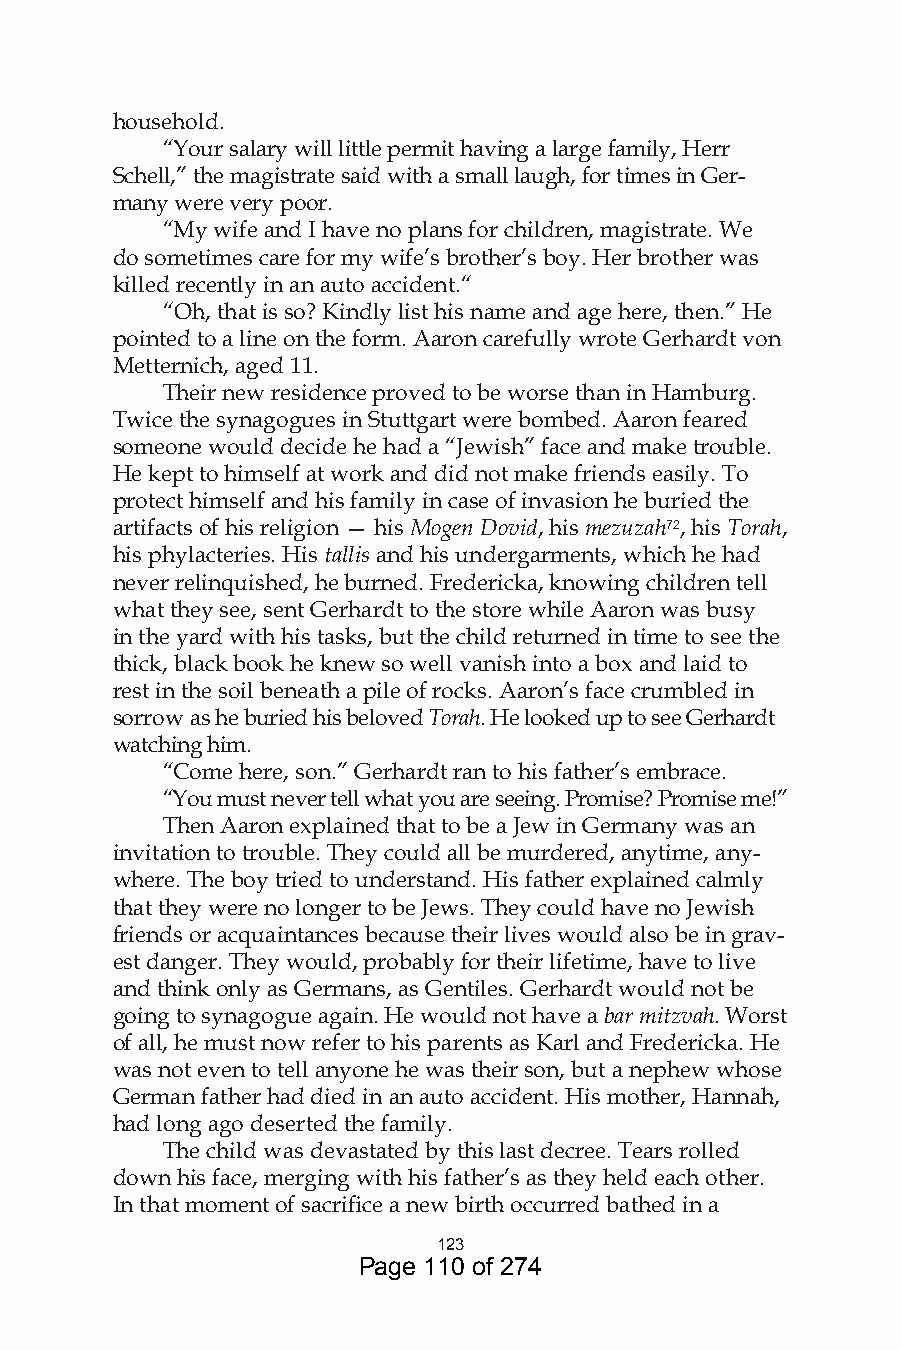
household.
 “Your salary will little permit having a large family, Herr
 Schell,” the magistrate said with a small laugh, for times in Ger-
 many were very poor.
 “My wife and I have no plans for children, magistrate. We
 do sometimes care for my wife’s brother’s boy. Her brother was
 killed recently in an auto accident.“
 “Oh, that is so? Kindly list his name and age here, then.” He
 pointed to a line on the form. Aaron carefully wrote Gerhardt von
 Metternich, aged 11.
 Their new residence proved to be worse than in Hamburg.
 Twice the synagogues in Stuttgart were bombed. Aaron feared
 someone would decide he had a “Jewish” face and make trouble.
 He kept to himself at work and did not make friends easily. To
 protect himself and his family in case of invasion he buried the
 artifacts of his religion — his Mogen Dovid, his mezuzah7, his Torah,
 his phylacteries. His tallis and his undergarments, which he had
 never relinquished, he burned. Fredericka, knowing children tell
 what they see, sent Gerhardt to the store while Aaron was busy
 in the yard with his tasks, but the child returned in time to see the
 thick, black book he knew so well vanish into a box and laid to
 rest in the soil beneath a pile of rocks. Aaron’s face crumbled in
 sorrow as he buried his beloved Torah. He looked up to see Gerhardt
 watching him.
 “Come here, son.” Gerhardt ran to his father’s embrace.
 “You must never tell what you are seeing. Promise? Promise me!”
 Then Aaron explained that to be a Jew in Germany was an
 invitation to trouble. They could all be murdered, anytime, any-
 where. The boy tried to understand. His father explained calmly
 that they were no longer to be Jews. They could have no Jewish
 friends or acquaintances because their lives would also be in grav-
 est danger. They would, probably for their lifetime, have to live
 and think only as Germans, as Gentiles. Gerhardt would not be
 going to synagogue again. He would not have a bar mitzvah. Worst
 of all, he must now refer to his parents as Karl and Fredericka. He
 was not even to tell anyone he was their son, but a nephew whose
 German father had died in an auto accident. His mother, Hannah,
 had long ago deserted the family.
 The child was devastated by this last decree. Tears rolled
 down his face, merging with his father’s as they held each other.
 In that moment of sacrifice a new birth occurred bathed in a
 
 Page 110 of 274